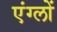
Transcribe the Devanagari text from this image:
एंग्लों